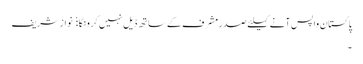
پاکستان واپس آنے کیلئے صدرمشرف کے ساتھ ڈیل نہیں کرونگا:  نواز شریف
۔